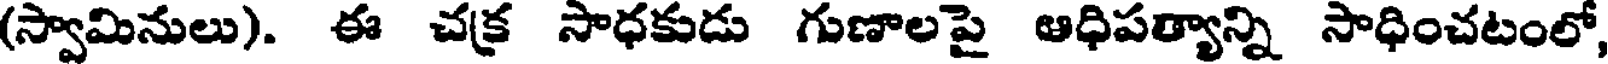
(స్వామినులు). ఈ చక్ర సాధకుడు గుణాలపై ఆధిపత్యాన్ని సాధించటంలో,